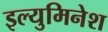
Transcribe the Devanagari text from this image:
इल्युमिनेश